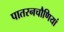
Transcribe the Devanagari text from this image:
पातरनचौणियां